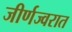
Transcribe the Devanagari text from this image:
जीर्णज्वरात